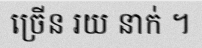
ច្រើន រយ នាក់ ។